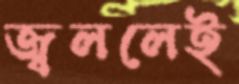
জ্বললেই